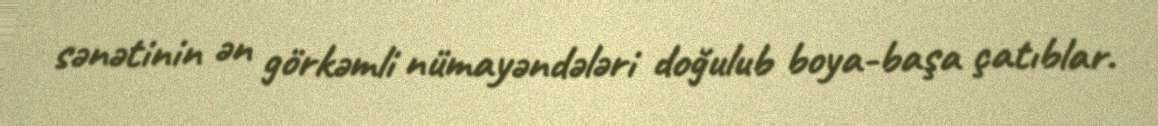
sənətinin ən görkəmli nümayəndələri doğulub boya-başa çatıblar.